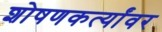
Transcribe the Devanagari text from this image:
शोषणकर्त्यांवर